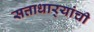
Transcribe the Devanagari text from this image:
सत्ताधार्‍यांची